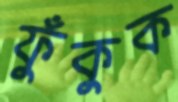
ফুঁকুক